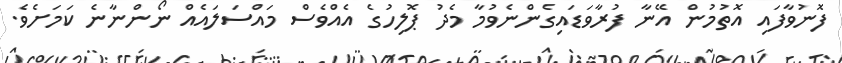
ފޮނުވާފައި އޮތުމުން އޭނާ ފުރާވަޑައިގެންނެވުމާ މެދު ޕޮލިހުގެ އެއްވެސް މައްސަލައެއް ނޯންނާނެ ކަމަށެވެ.